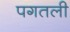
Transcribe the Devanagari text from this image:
पगतली